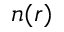
n ( r )